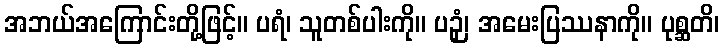
အဘယ်အကြောင်းတို့ဖြင့်။ ပရံ၊ သူတစ်ပါးကို။ ပဉှံ၊ အမေးပြဿနာကို။ ပုစ္ဆတိ၊